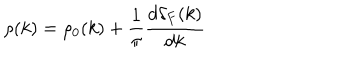
\rho ( k ) = \rho _ { 0 } ( k ) + \frac { 1 } { \pi } \frac { d \delta _ { F } ( k ) } { d k }